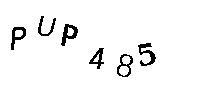
PUP485